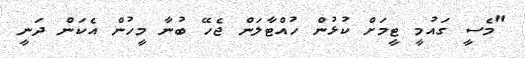
"މެސީ ގައުމީ ޓީމަށް ކުޅުން ހުއްޓާލަން ޖެހޭ ބުނާ މީހުން އެކަން ދަނީ